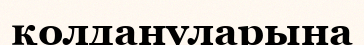
қолдануларына